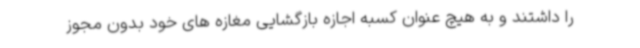
را داشتند و به هیچ عنوان کسبه اجازه بازگشایی مغازه های خود بدون مجوز